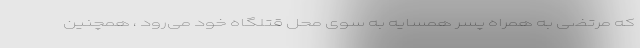
که مرتضی به همراه پسر همسایه به سوی محل قتلگاه خود می‌رود ، همچنین